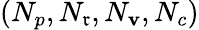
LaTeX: (N_{p},N_{\mathfrak{r}},N_{\mathbf{v}},N_{c})